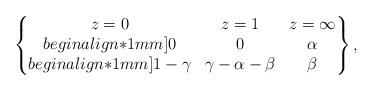
LaTeX: \begin{align*} \left\{\begin{matrix}z = 0 & z = 1 & z = \infty \\begin{align*}1mm]0 & 0 & \alpha \\begin{align*}1mm]1-\gamma & \gamma-\alpha-\beta & \beta \end{matrix}\right\}, \end{align*}